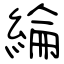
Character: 綸